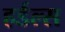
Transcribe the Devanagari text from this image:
हर्डल्स